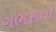
ગભરાતો